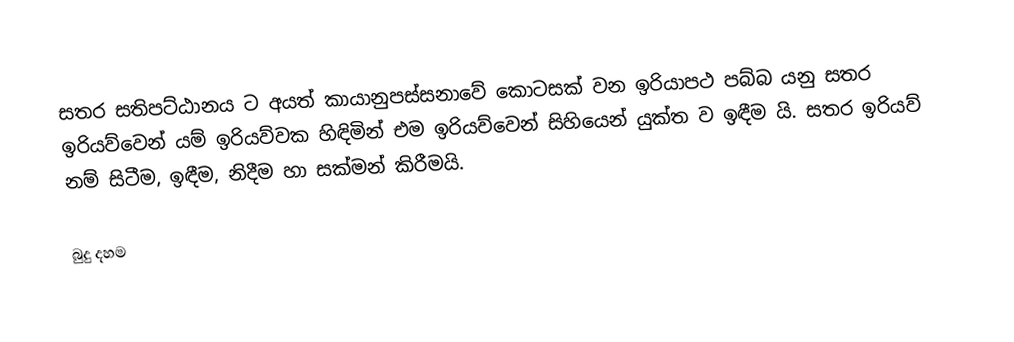
සතර සතිපට්ඨානය ට අයත් කායානුපස්සනාවේ කොටසක් වන  ඉරියාපථ පබ්බ යනු සතර ඉරියව්වෙන් යම් ඉරියව්වක හිඳිමින් එම ඉරියව්වෙන් සිහියෙන් යුක්ත ව ඉඳීම යි. සතර ඉරියව් නම් සිටීම, ඉඳීම, නිදීම හා සක්මන් කිරීමයි.

බුදු දහම